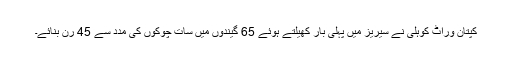
کپتان وراٹ کوہلی نے سیریز میں پہلی بار کھیلتے ہوئے 65 گیندوں میں سات چوکوں کی مدد سے 45 رن بنائے۔